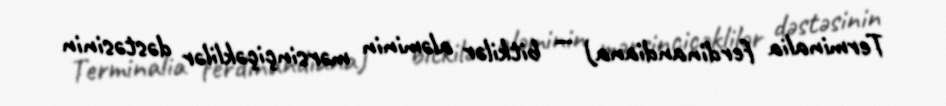
Terminalia ferdinandiana) — bitkilər aləminin mərsinçiçəklilər dəstəsinin